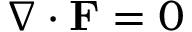
\nabla \cdot \mathbf { F } = 0